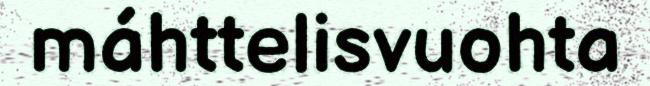
máhttelisvuohta